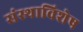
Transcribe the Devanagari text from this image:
संस्थाविशेष